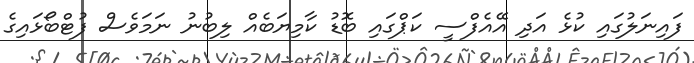
ފައިނަލުގައި ކުޅެ އަދި އޭއެފްސީ ކަޕްގައި ބޮޑު ކާމިޔަބެއް ލިބުނު ނަމަވެސް ފުޓްބޯޅައިގެ